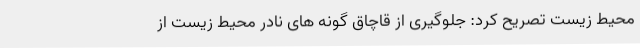
محیط زیست تصریح کرد: جلوگیری از قاچاق گونه های نادر محیط زیست از